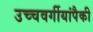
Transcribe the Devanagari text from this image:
उच्चवर्गीयांपैकी